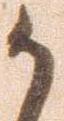
か